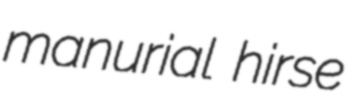
manurial hirse